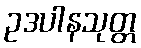
ဥဒပါနသုတ္တ